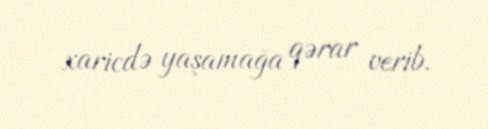
xaricdə yaşamağa qərar verib.